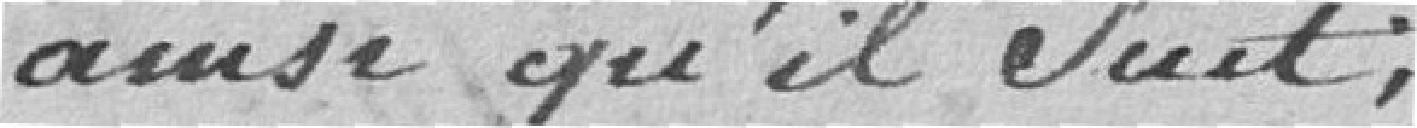
ainsi qu'il suit :